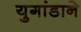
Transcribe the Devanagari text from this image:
युगांडाने